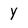
Character: Y